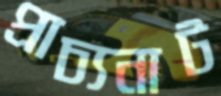
প্রাচ্যনাট